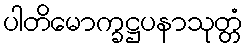
ပါတိမောက္ခဋ္ဌပနာသုတ္တံ